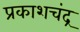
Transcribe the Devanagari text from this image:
प्रकाशचंद्र